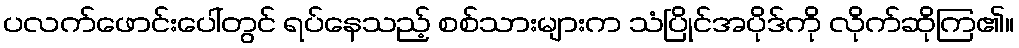
ပလက်ဖောင်းပေါ်တွင် ရပ်နေသည့် စစ်သားများက သံပြိုင်အပိုဒ်ကို လိုက်ဆိုကြ၏။